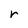
Character: r